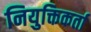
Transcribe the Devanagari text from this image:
नियुक्तिकर्ता